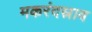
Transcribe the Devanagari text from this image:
मकरंदस्राव